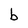
Character: b